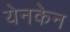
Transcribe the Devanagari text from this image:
येनकेन